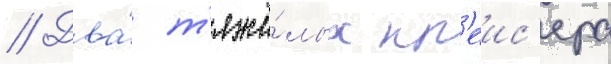
// Два́ т'яжё́лых кр'еис'ера